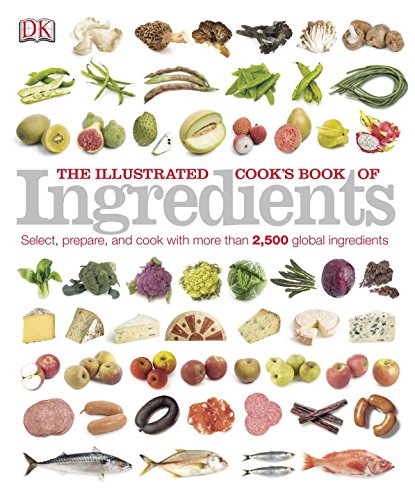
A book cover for The Illustrated Cook's Book of Ingredients (DK Illustrated Cook Books); DK Publishing; Cookbooks, Food & Wine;